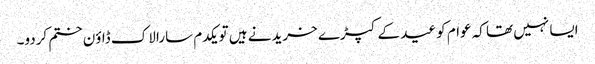
ایسا نہیں تھا کہ عوام کو عید کے کپڑے خریدنے ہیں تو یکدم سارا لاک ڈاؤن ختم کردو۔